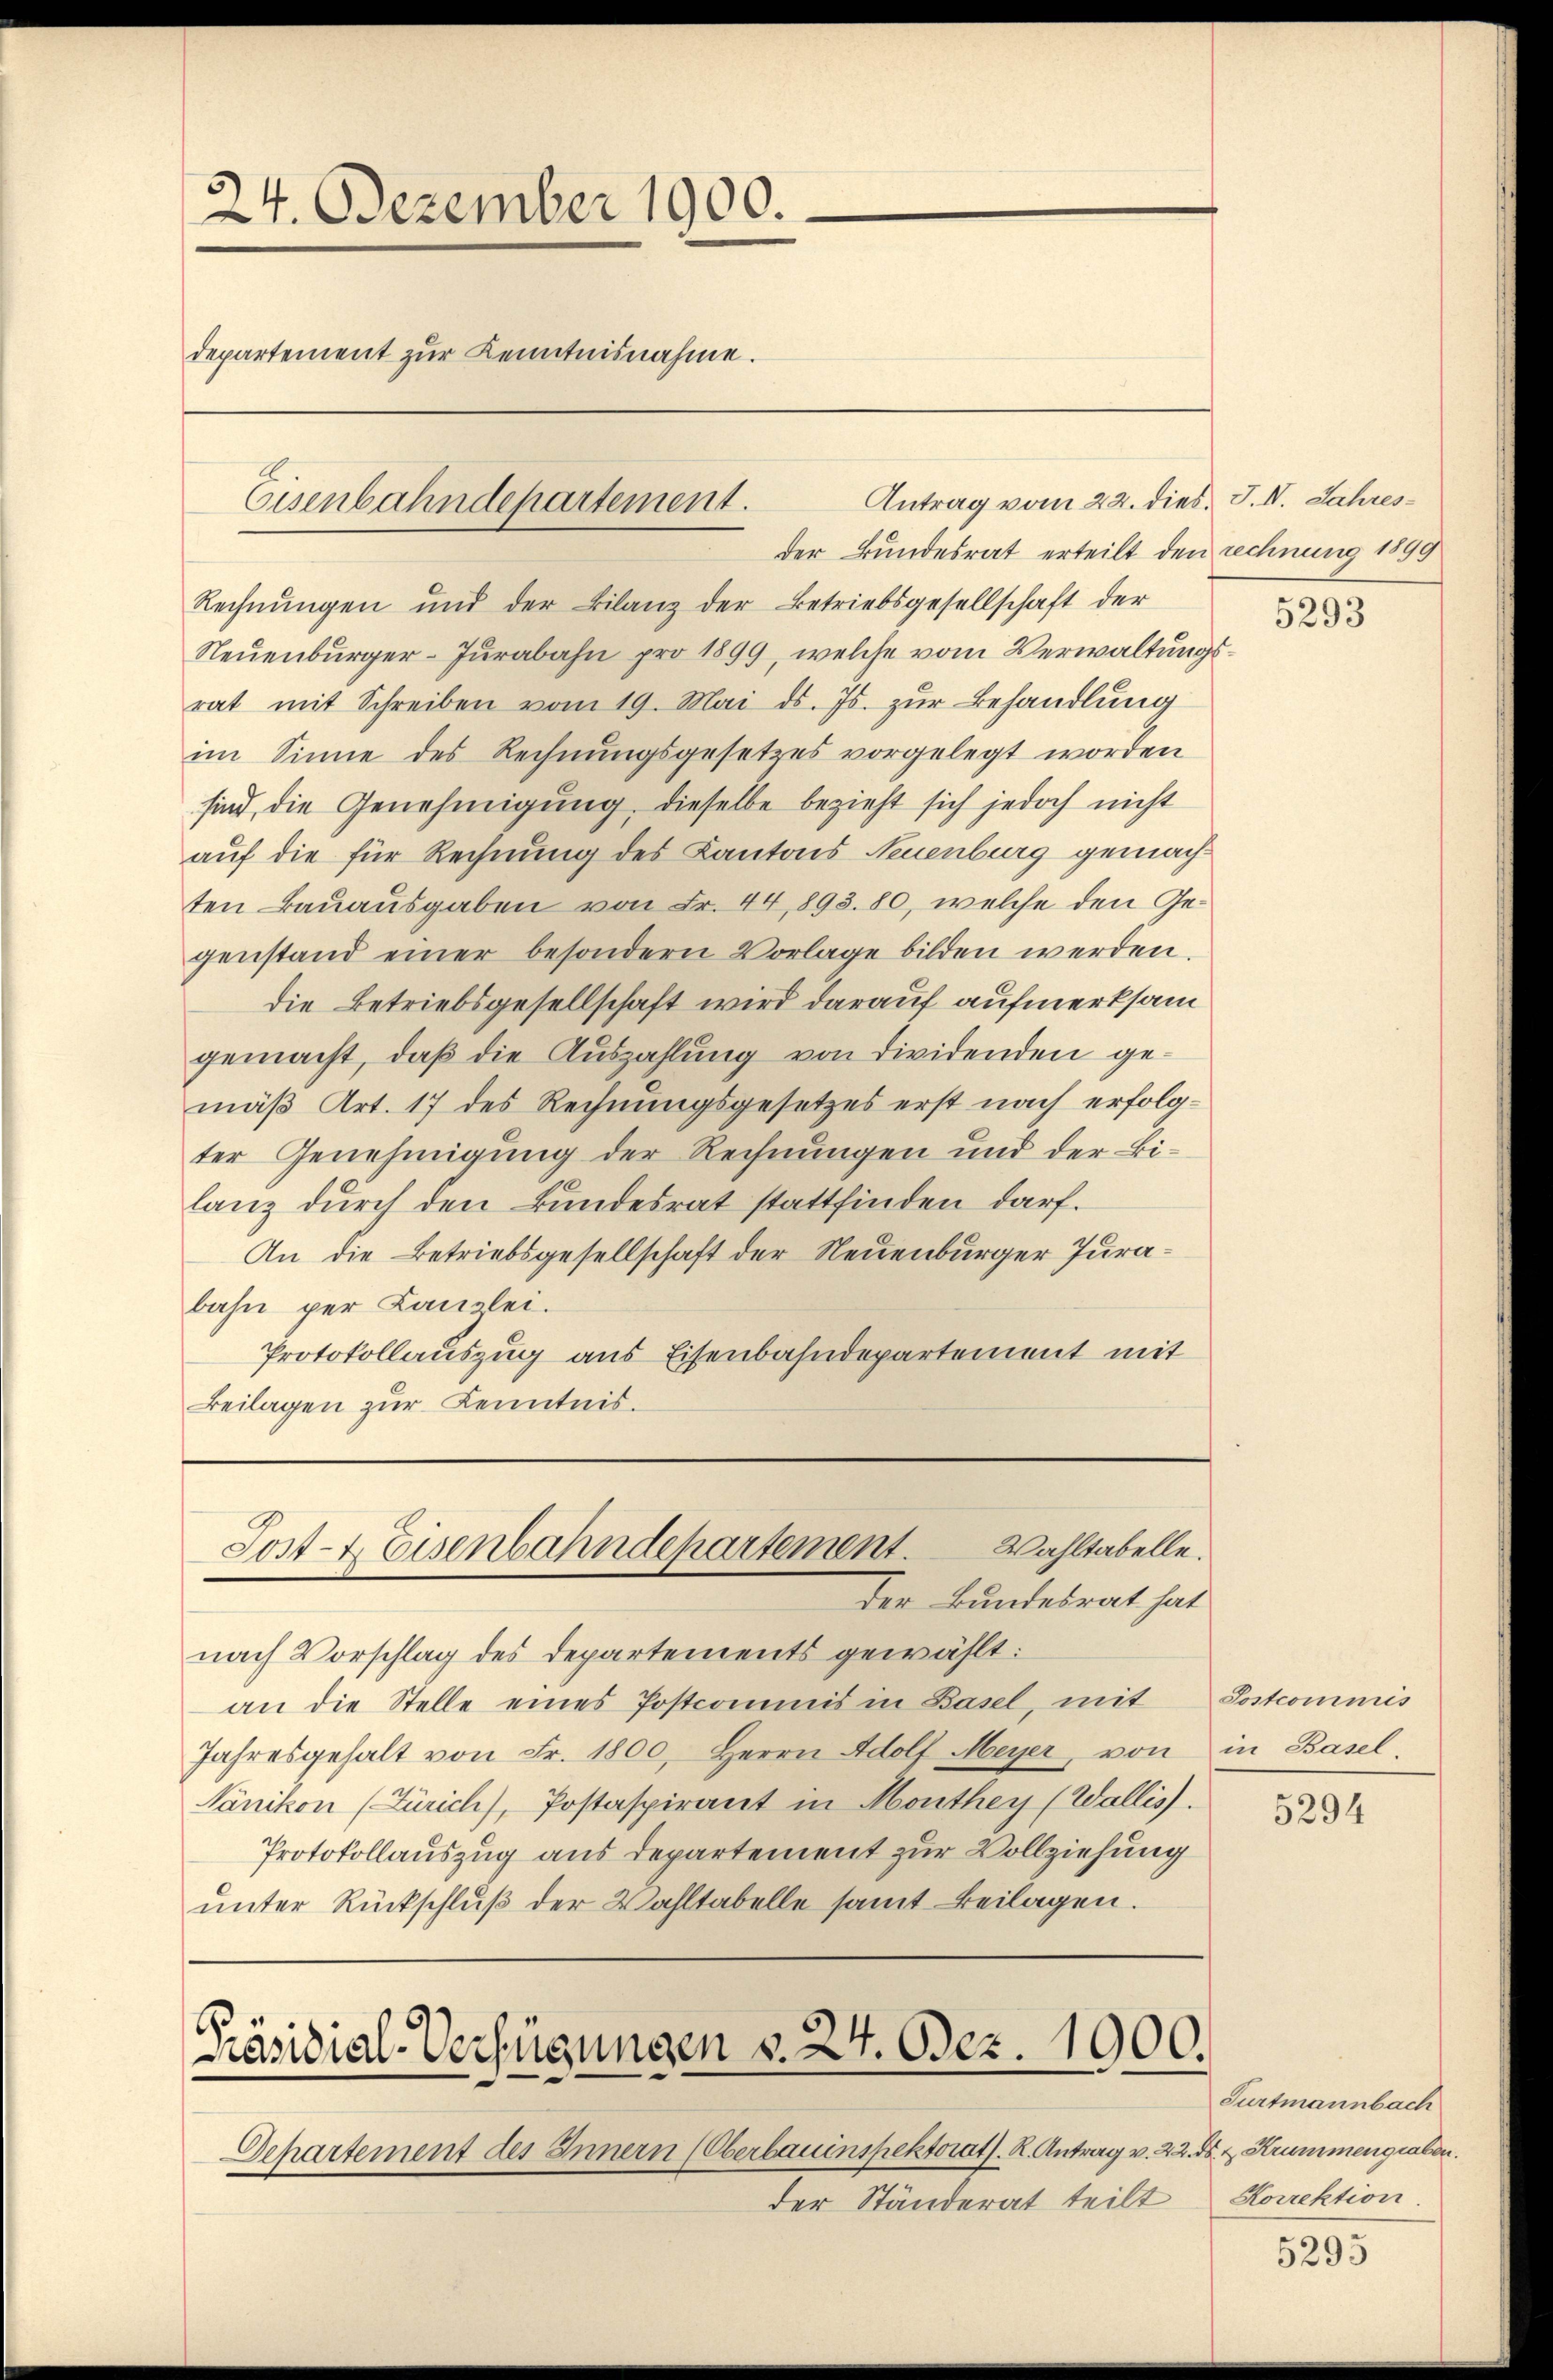
24. Dezember 1900.
departement zur Kenntnisnahme.

Eisenbahndepartement.

Antrag vom 22. dies J. IV. Jahresder Bundesrat erteilt den rechnung 1890

Wahltabelle.
Post- & Eisenbahndehartement.
der Bundesrat hat

Departement des Innern (Oberbauinspektorat. R. Antrag v. 2.
der Ständerat teilt

Rechnungen und der Bilanz der Betriebsgesellschaft der
Neuenburger-Jurabahn pro 1899, welche vom Verwaltungsrat mit Schreiben vom 19. Mai d. Js. zur Behandlung
im Sinne des Rechnungsgesetzes vorgelegt worden
sind, die Genehmigung, dieselbe bezieht sich jedoch nicht
auf die für Rechnung des Kantons Neuenburg gemachten Bauausgaben von Fr. 44, 893. 80, welche den Gegenstand einer besondern Vorlage bilden werden.
die Betriebsgesellschaft wird darauf aufmerksam
gemacht, daβ die Auszahlung von dividenden gemäß Art. 17 des Rechnungsgesetzes erst nach erfolgter Genehmigung der Rechnungen und der Bilanz durch den Bundesrat stattfinden darf.
An die Betriebsgesellschaft der Neuenburger Jurabahn per Canzlei.
Protokollauszug aus Eisenbahndepartement mit
Beilagen zur Kenntnis.

nach Vorschlag des Departements gewählt:
an die Stelle eines Postcommis in Basel, mit
Jahresgehalt von Fr. 1800. Herrn Adolf Meyer, von
Nänikon (Zürich), Postaspirant in Monthey (Wallis).
Protokollauszug aus Departement zur Vollziehung
unter Rückschluß der Wahltabelle samt Beilagen.

Präsidial-Verfügungen v. 24. Dez. 1900.

5293

Sostcommis
in Basel

5294

Furtmannbach
2.  Krummengraben.
Korrektion

5295